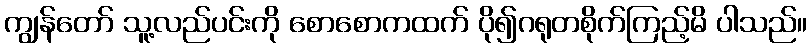
ကျွန်တော် သူ့လည်ပင်းကို စောစောကထက် ပို၍ဂရုတစိုက်ကြည့်မိ ပါသည်။